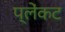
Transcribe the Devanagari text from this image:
प्लेंकट